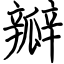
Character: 瓣